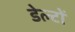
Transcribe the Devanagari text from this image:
डेल्टों